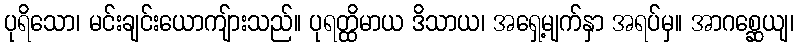
ပုရိသော၊ မင်းချင်းယောကျ်ားသည်။ ပုရတ္ထိမာယ ဒိသာယ၊ အရှေ့မျက်နှာ အရပ်မှ။ အာဂစ္ဆေယျ၊